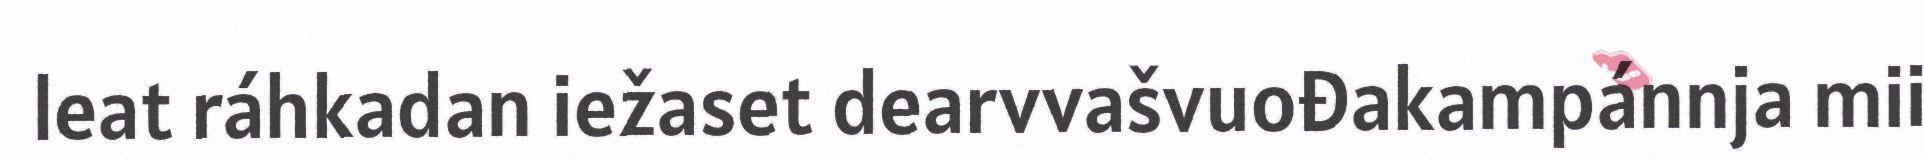
leat ráhkadan iežaset dearvvašvuođakampánnja mii